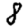
Digit: 8